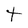
Character: t